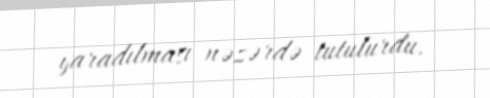
yaradılması nəzərdə tutulurdu.